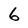
Character: 6